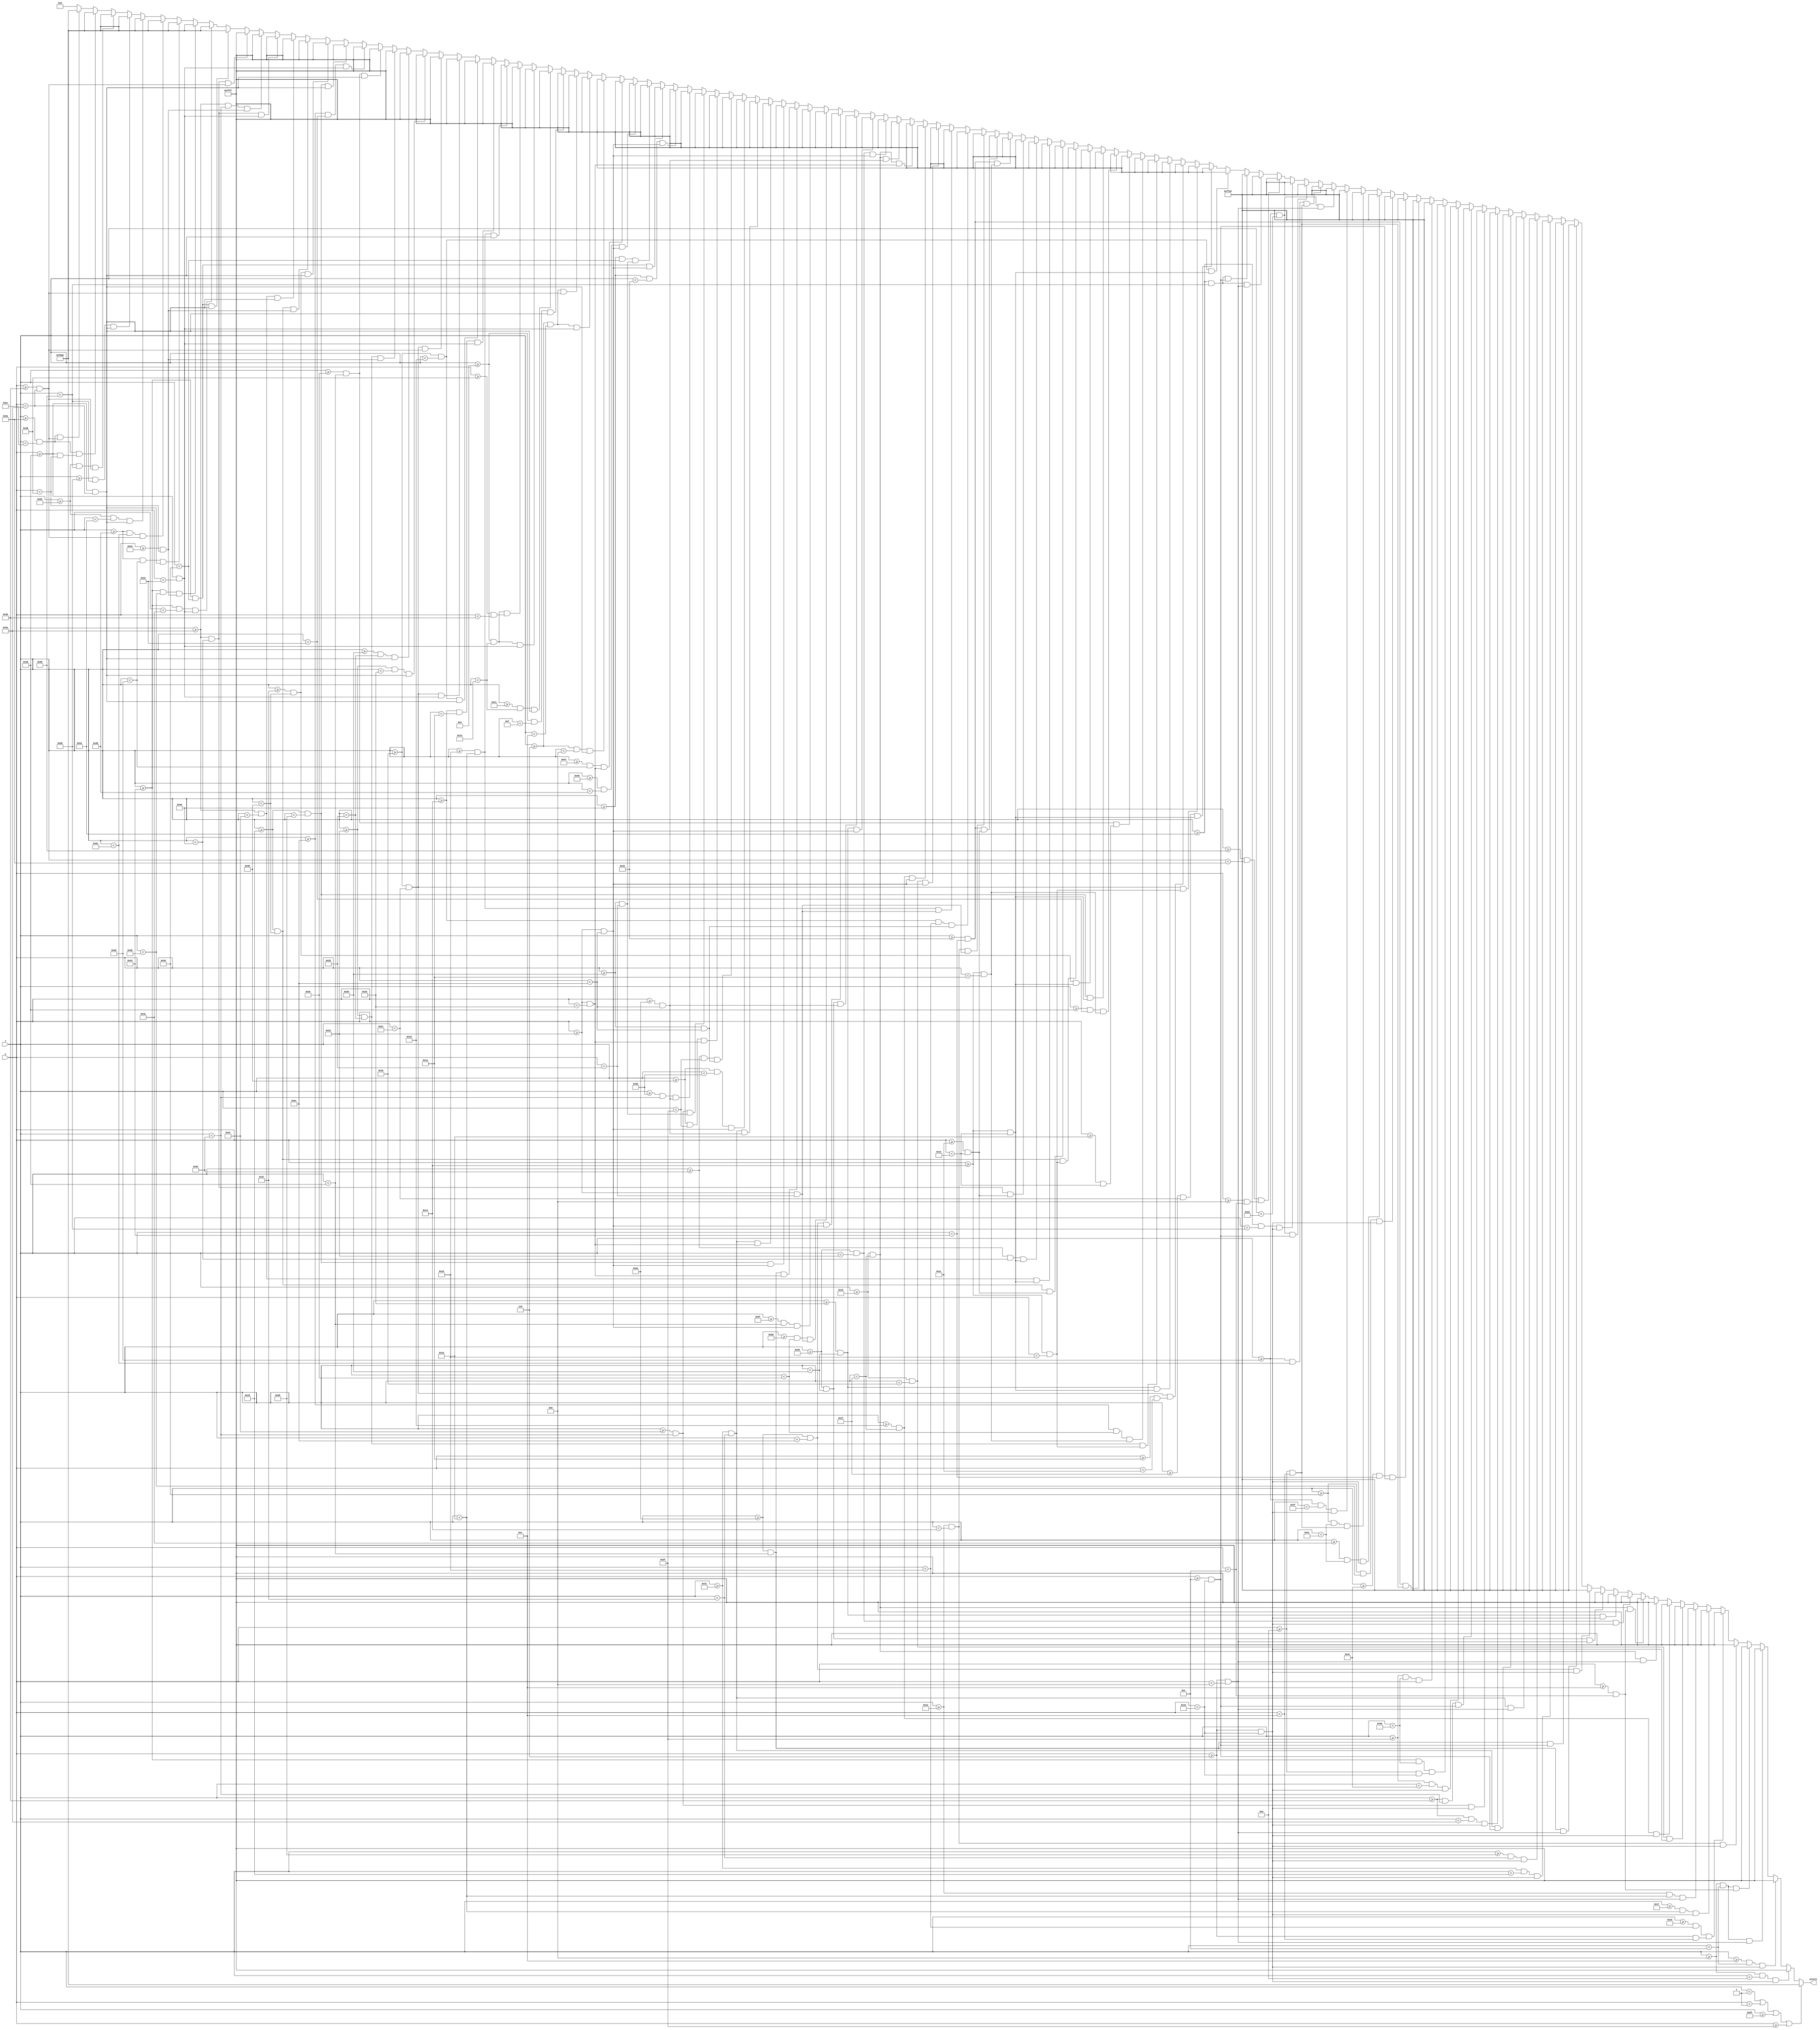
`timescale 1ns / 1ps
//////////////////////////////////////////////////////////////////////////////////
// Company: 
// Engineer: 
// 
// Design Name: 
// Module Name: m1_pretext_scrn
// Project Name: 
// Target Devices: 
// Tool Versions: 
// Description: 
// 
// Dependencies: 
// 
// Revision:
// Revision 0.01 - File Created
// Additional Comments:
// 
//////////////////////////////////////////////////////////////////////////////////


module m1_pretext_scrn(
    input [6:0] x,
    input [5:0] y,
    output reg [15:0] pixels
    );
    
    always @ (*) begin
             if (x < 1 || y < 1 || x >= 95 || y >= 63)                  pixels = 16'hF800;
        else if ((x >= 8 && x < 8+2)   && (y >= 6 && y < 6+10))         pixels = 16'hFFFF;
        else if ((x >= 8+4 && x < 8+6) && (y >= 6 && y < 6+10))         pixels = 16'hFFFF;
        else if ((x >= 8 && x < 8+6)   && (y >= 6 && y < 6+2))          pixels = 16'hFFFF;
        else if ((x >= 8 && x < 8+6)   && (y >= 6+6 && y < 6+8))        pixels = 16'hFFFF;
        else if ((x >= 18 && x < 18+2)   && (y >= 6 && y < 6+10))       pixels = 16'hFFFF;
        else if ((x >= 18+3 && x < 18+4) && (y >= 6 && y < 6+6))        pixels = 16'hFFFF;
        else if ((x >= 18+5 && x < 18+6) && (y >= 6 && y < 6+10))       pixels = 16'hFFFF;
        else if ((x >= 18 && x < 18+6)   && (y >= 6 && y < 6+2))        pixels = 16'hFFFF;
        else if ((x >= 25 && x < 25+2)   && (y >= 6 && y < 6+10))       pixels = 16'hFFFF;
        else if ((x >= 25+4 && x < 25+6) && (y >= 6 && y < 6+10))       pixels = 16'hFFFF;
        else if ((x >= 25 && x < 25+6)   && (y >= 6 && y < 6+2))        pixels = 16'hFFFF;
        else if ((x >= 25 && x < 25+6)   && (y >= 6+6 && y < 6+8))      pixels = 16'hFFFF;
        else if ((x >= 32 && x < 32+2)   && (y >= 6 && y < 6+10))       pixels = 16'hFFFF;
        else if ((x >= 32+4 && x < 32+6) && (y >= 6 && y < 6+10))       pixels = 16'hFFFF;
        else if ((x >= 32 && x < 32+6)   && (y >= 6 && y < 6+2))        pixels = 16'hFFFF;
        else if ((x >= 42 && x < 42+2)   && (y >= 6 && y < 6+10))       pixels = 16'hFFE0;
        else if ((x >= 42 && x < 42+6)   && (y >= 6 && y < 6+2))        pixels = 16'hFFE0;
        else if ((x >= 42 && x < 42+6)   && (y >= 6+8 && y < 6+10))     pixels = 16'hFFE0;
        else if ((x >= 49 && x < 49+2)   && (y >= 6 && y < 6+10))       pixels = 16'hFFE0;
        else if ((x >= 49+4 && x < 49+6) && (y >= 6 && y < 6+10))       pixels = 16'hFFE0;
        else if ((x >= 49 && x < 49+6)   && (y >= 6 && y < 6+2))        pixels = 16'hFFE0;
        else if ((x >= 49 && x < 49+6)   && (y >= 6+8 && y < 6+10))     pixels = 16'hFFE0;
        else if ((x >= 56 && x < 56+2)   && (y >= 6 && y < 6+10))       pixels = 16'hFFE0;
        else if ((x >= 56+4 && x < 56+6) && (y >= 6 && y < 6+10))       pixels = 16'hFFE0;
        else if ((x >= 56 && x < 56+6)   && (y >= 6+8 && y < 6+10))     pixels = 16'hFFE0;
        else if ((x >= 63 && x < 63+2)   && (y >= 6 && y < 6+10))       pixels = 16'hFFE0;
        else if ((x >= 63+5 && x < 63+6) && (y >= 6+4 && y < 6+10))     pixels = 16'hFFE0;
        else if ((x >= 63 && x < 63+6)   && (y >= 6 && y < 6+2))        pixels = 16'hFFE0;
        else if ((x >= 63+3 && x < 63+5) && (y >= 6+4 && y < 6+6))      pixels = 16'hFFE0;
        else if ((x >= 63+2 && x < 63+5) && (y >= 6+8 && y < 6+10))     pixels = 16'hFFE0;
        else if ((x >= 70 && x < 70+2)   && (y >= 6 && y < 6+10))       pixels = 16'hFFE0;
        else if ((x >= 70+4 && x < 70+6) && (y >= 6 && y < 6+10))       pixels = 16'hFFE0;
        else if ((x >= 70 && x < 70+6)   && (y >= 6+4 && y < 6+6))      pixels = 16'hFFE0;
        else if ((x >= 77 && x < 77+2)   && (y >= 6 && y < 6+10))       pixels = 16'hFFE0;
        else if ((x >= 77 && x < 77+6)   && (y >= 6 && y < 6+2))        pixels = 16'hFFE0;
        else if ((x >= 77 && x < 77+4)   && (y >= 6+4 && y < 6+6))      pixels = 16'hFFE0;
        else if ((x >= 77 && x < 77+6)   && (y >= 6+8 && y < 6+10))     pixels = 16'hFFE0;
        else if ((x >= 84 && x < 84+2)   && (y >= 6 && y < 6+10))       pixels = 16'hFFE0;
        else if ((x >= 84+4 && x < 84+6) && (y >= 6+2 && y < 6+8))      pixels = 16'hFFE0;
        else if ((x >= 84 && x < 84+4)   && (y >= 6 && y < 6+2))        pixels = 16'hFFE0;
        else if ((x >= 84 && x < 84+4)   && (y >= 6+8 && y < 6+10))     pixels = 16'hFFE0;
        else if ((x >= 27 && x < 27+2)   && (y >= 20 && y < 20+10))      pixels = 16'hFFFF;
        else if ((x >= 27+4 && x < 27+6) && (y >= 20 && y < 20+10))      pixels = 16'hFFFF;
        else if ((x >= 27 && x < 27+6)   && (y >= 20 && y < 20+2))       pixels = 16'hFFFF;
        else if ((x >= 27 && x < 27+6)   && (y >= 20+6 && y < 20+8))     pixels = 16'hFFFF;
        else if ((x >= 34+2 && x < 34+4) && (y >= 20 && y < 20+10))      pixels = 16'hFFFF;
        else if ((x >= 34 && x < 34+6)   && (y >= 20 && y < 20+2))       pixels = 16'hFFFF;
        else if ((x >= 44   && x < 44+2) && (y >= 20   && y < 20+6))     pixels = 16'hFFFF;
        else if ((x >= 44+2 && x < 44+4) && (y >= 20+4 && y < 20+10))    pixels = 16'hFFFF;
        else if ((x >= 44+4 && x < 44+6) && (y >= 20   && y < 20+6))     pixels = 16'hFFFF;
        else if ((x >= 51 && x < 51+2)   && (y >= 20 && y < 20+10))      pixels = 16'hFFFF;
        else if ((x >= 51+4 && x < 51+6) && (y >= 20 && y < 20+10))      pixels = 16'hFFFF;
        else if ((x >= 51 && x < 51+6)   && (y >= 20 && y < 20+2))       pixels = 16'hFFFF;
        else if ((x >= 51 && x < 51+6)   && (y >= 20+8 && y < 20+10))    pixels = 16'hFFFF;
        else if ((x >= 58 && x < 58+2)   && (y >= 20 && y < 20+10))      pixels = 16'hFFFF;
        else if ((x >= 58+4 && x < 58+6) && (y >= 20 && y < 20+10))      pixels = 16'hFFFF;
        else if ((x >= 58 && x < 58+6)   && (y >= 20+8 && y < 20+10))    pixels = 16'hFFFF;
        else if ((x >= 66 && x < 66+2) && (y >= 20   && y < 20+6))       pixels = 16'hFFFF;
        else if ((x >= 66 && x < 66+2) && (y >= 20+8 && y < 20+10))      pixels = 16'hFFFF;
        else if ((x >= 18   && x < 18+2) && (y >= 34   && y < 34+6))     pixels = 16'hFFFF;
        else if ((x >= 18+2 && x < 18+4) && (y >= 34+4 && y < 34+10))    pixels = 16'hFFFF;
        else if ((x >= 18+4 && x < 18+6) && (y >= 34   && y < 34+6))     pixels = 16'hFFFF;
        else if ((x >= 25 && x < 25+2)   && (y >= 34 && y < 34+10))      pixels = 16'hFFFF;
        else if ((x >= 25+4 && x < 25+6) && (y >= 34 && y < 34+10))      pixels = 16'hFFFF;
        else if ((x >= 25 && x < 25+6)   && (y >= 34 && y < 34+2))       pixels = 16'hFFFF;
        else if ((x >= 25 && x < 25+6)   && (y >= 34+8 && y < 34+10))    pixels = 16'hFFFF;
        else if ((x >= 32 && x < 32+2)   && (y >= 34 && y < 34+10))      pixels = 16'hFFFF;
        else if ((x >= 32+4 && x < 32+6) && (y >= 34 && y < 34+10))      pixels = 16'hFFFF;
        else if ((x >= 32 && x < 32+6)   && (y >= 34+8 && y < 34+10))    pixels = 16'hFFFF;
        else if ((x >= 42 && x < 42+2)   && (y >= 34 && y < 34+10))      pixels = 16'hFFFF;
        else if ((x >= 42+3 && x < 42+4) && (y >= 34 && y < 34+6))       pixels = 16'hFFFF;
        else if ((x >= 42+5 && x < 42+6) && (y >= 34 && y < 34+10))      pixels = 16'hFFFF;
        else if ((x >= 42 && x < 42+6)   && (y >= 34 && y < 34+2))       pixels = 16'hFFFF;
        else if ((x >= 49+2 && x < 49+4) && (y >= 34 && y < 34+10))      pixels = 16'hFFFF;
        else if ((x >= 49 && x < 49+6)   && (y >= 34 && y < 34+2))       pixels = 16'hFFFF;
        else if ((x >= 49 && x < 49+6)   && (y >= 34+8 && y < 34+10))    pixels = 16'hFFFF;
        else if ((x >= 57 && x < 57+2)   && (y >= 34 && y < 34+10))      pixels = 16'hFFFF;
        else if ((x >= 57+5 && x < 57+6) && (y >= 34+4 && y < 34+10))    pixels = 16'hFFFF;
        else if ((x >= 57 && x < 57+6)   && (y >= 34 && y < 34+2))       pixels = 16'hFFFF;
        else if ((x >= 57+3 && x < 57+5) && (y >= 34+4 && y < 34+6))     pixels = 16'hFFFF;
        else if ((x >= 57+2 && x < 57+5) && (y >= 34+8 && y < 34+10))    pixels = 16'hFFFF;
        else if ((x >= 64 && x < 64+2)   && (y >= 34 && y < 34+10))      pixels = 16'hFFFF;
        else if ((x >= 64+4 && x < 64+6) && (y >= 34 && y < 34+10))      pixels = 16'hFFFF;
        else if ((x >= 64 && x < 64+6)   && (y >= 34+4 && y < 34+6))     pixels = 16'hFFFF;
        else if ((x >= 71+2 && x < 71+4) && (y >= 34 && y < 34+10))      pixels = 16'hFFFF;
        else if ((x >= 71 && x < 71+6)   && (y >= 34 && y < 34+2))       pixels = 16'hFFFF;
        else if ((x >= 6 && x < 6+2)   && (y >= 48 && y < 48+10))        pixels = 16'hFFFF;
        else if ((x >= 6 && x < 6+6)   && (y >= 48 && y < 48+2))         pixels = 16'hFFFF;
        else if ((x >= 6 && x < 6+6)   && (y >= 48+8 && y < 48+10))      pixels = 16'hFFFF;
        else if ((x >= 13 && x < 13+2)   && (y >= 48 && y < 48+10))      pixels = 16'hFFFF;
        else if ((x >= 13+4 && x < 13+6) && (y >= 48 && y < 48+10))      pixels = 16'hFFFF;
        else if ((x >= 13 && x < 13+6)   && (y >= 48 && y < 48+2))       pixels = 16'hFFFF;
        else if ((x >= 13 && x < 13+6)   && (y >= 48+6 && y < 48+8))     pixels = 16'hFFFF;
        else if ((x >= 20+2 && x < 20+4) && (y >= 48 && y < 48+10))      pixels = 16'hFFFF;
        else if ((x >= 20 && x < 20+6)   && (y >= 48 && y < 48+2))       pixels = 16'hFFFF;
        else if ((x >= 27 && x < 27+2)   && (y >= 48 && y < 48+10))      pixels = 16'hFFFF;
        else if ((x >= 27 && x < 27+6)   && (y >= 48 && y < 48+2))       pixels = 16'hFFFF;
        else if ((x >= 27 && x < 27+6)   && (y >= 48+8 && y < 48+10))    pixels = 16'hFFFF;
        else if ((x >= 34 && x < 34+2)   && (y >= 48 && y < 48+10))      pixels = 16'hFFFF;
        else if ((x >= 34+4 && x < 34+6) && (y >= 48 && y < 48+10))      pixels = 16'hFFFF;
        else if ((x >= 34 && x < 34+6)   && (y >= 48+4 && y < 48+6))     pixels = 16'hFFFF;
        else if ((x >= 44+2 && x < 44+4) && (y >= 48 && y < 48+10))      pixels = 16'hFFFF;
        else if ((x >= 44 && x < 44+6)   && (y >= 48 && y < 48+2))       pixels = 16'hFFFF;
        else if ((x >= 51 && x < 51+2)   && (y >= 48 && y < 48+10))      pixels = 16'hFFFF;
        else if ((x >= 51+4 && x < 51+6) && (y >= 48 && y < 48+10))      pixels = 16'hFFFF;
        else if ((x >= 51 && x < 51+6)   && (y >= 48+4 && y < 48+6))     pixels = 16'hFFFF;
        else if ((x >= 58 && x < 58+2)   && (y >= 48 && y < 48+10))      pixels = 16'hFFFF;
        else if ((x >= 58 && x < 58+6)   && (y >= 48 && y < 48+2))       pixels = 16'hFFFF;
        else if ((x >= 58 && x < 58+4)   && (y >= 48+4 && y < 48+6))     pixels = 16'hFFFF;
        else if ((x >= 58 && x < 58+6)   && (y >= 48+8 && y < 48+10))   pixels = 16'hFFFF;
        else if ((x >= 68 && x < 68+2)   && (y >= 48 && y < 48+10))     pixels = 16'hF800;
        else if ((x >= 68 && x < 68+6)   && (y >= 48 && y < 48+2))      pixels = 16'hF800;
        else if ((x >= 68 && x < 68+4)   && (y >= 48+4 && y < 48+6))    pixels = 16'hF800;
        else if ((x >= 75 && x < 75+2)   && (y >= 48 && y < 48+10))     pixels = 16'hF800;
        else if ((x >= 75 && x < 75+6)   && (y >= 48+8 && y < 48+10))   pixels = 16'hF800;
        else if ((x >= 82 && x < 82+2)   && (y >= 48 && y < 48+10))     pixels = 16'hF800;
        else if ((x >= 82+4 && x < 82+6) && (y >= 48 && y < 48+10))     pixels = 16'hF800;
        else if ((x >= 82 && x < 82+6)   && (y >= 48+8 && y < 48+10))   pixels = 16'hF800;
        else if ((x >= 90 && x < 90+2) && (y >= 48   && y < 48+6))      pixels = 16'hF800;
        else if ((x >= 90 && x < 90+2) && (y >= 48+8 && y < 48+10))     pixels = 16'hF800;
        else pixels = 16'h0000;
    end

endmodule